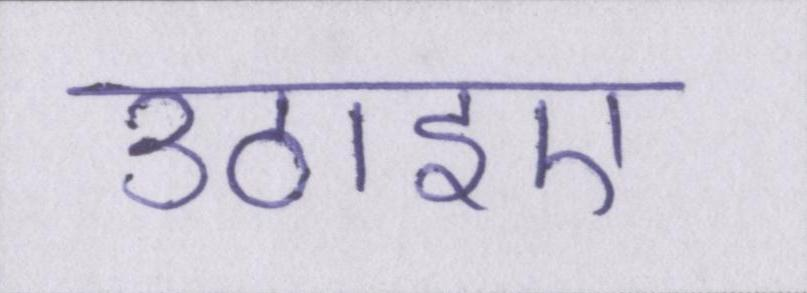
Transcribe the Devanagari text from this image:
उठाइए